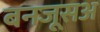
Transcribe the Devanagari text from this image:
बनजूसअ